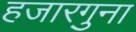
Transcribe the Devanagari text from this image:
हजारगुना